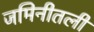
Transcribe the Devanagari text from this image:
जमिनीतली